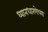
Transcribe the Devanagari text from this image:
ध्यानधारणेच्या